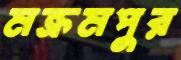
মক্রমপুর